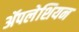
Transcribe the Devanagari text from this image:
ॲपलेशियन